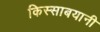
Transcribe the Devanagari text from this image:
किस्साबयानी